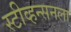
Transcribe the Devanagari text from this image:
स्टीव्हन्सनला